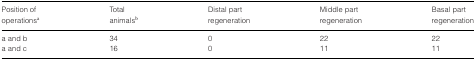
| Position of | Total | Distal part | Middle part | Basal part |
 | operationsa | animalsb | regeneration | regeneration | regeneration |
 | --- | --- | --- | --- | --- |
 | a and b | 34 | 0 | 22 | 22 |
 | a and c | 16 | 0 | 11 | 11 |